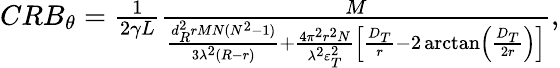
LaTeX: \begin{array}{r}{CR{B_{\theta}}=\frac{1}{{2\gamma L}}\frac{M}{{\frac{{d_{R}^{2}rMN({N^{2}}-1)}}{{3{\lambda^{2}}(R-r)}}+\frac{{4{\pi^{2}}{r^{2}}N}}{{{\lambda^{2}}\varepsilon_{T}^{2}}}\left[{\frac{{{D_{T}}}}{r}-2\arctan\left({\frac{{{D_{T}}}}{{2r}}}\right)}\right]}},}\end{array}